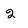
Character: 2